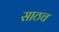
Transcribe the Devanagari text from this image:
साठच